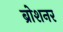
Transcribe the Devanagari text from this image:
ब्रोशनर